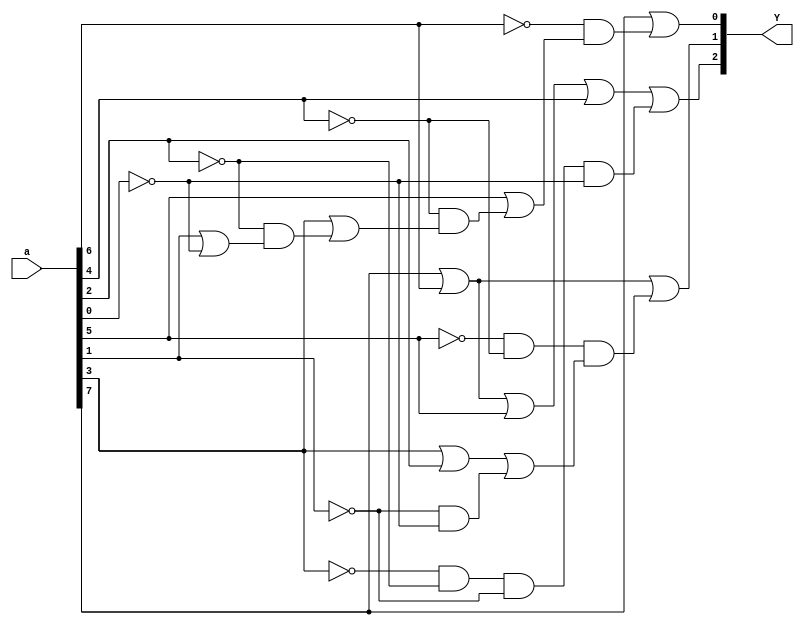
module priority_encoder8to3 (a , Y);

 input [7:0] a; // a represents form a0 a1 a2 a3 a4 a5 a6 a7 //i.e. 00000010 represents a0=0 a1=0 a2=0 a3=0 a4=0 a5=0 a6=1 a7=0 .
 output [2:0] Y;  // Y represents form Y2 Y1 Y0 //i.e. 110 represents Y2=1,Y1=1,Y0=0 i.e. 6 .
 wire [2:0] Y;


 //using the fact that if higher priortiy bit is 1 then lower piority does not involve/affect Y

 // by using method that if a_i =1 gives Y=1 then all other lower terms results is "OR" to it,
 //        i.e. lower terms won't effect assigning Y=1.
 // also if a_i=1 gives Y=0 then all other lower terms results are "AND" to this,
 //        i.e. if a_i is true then lower terrms result "AND" ~a_i (0) ensures Y=0.
//** Also higher pioritybits are kept in left side so that Y values is assigned as soon as it encounter 1
//         i.e. the highest priority bit 1 **

 assign Y[0] = a[7] |( ~a[6] & (a[5] | (~a[4] & (a[3] | (~a[2] & (a[1] | ~a[0]))))));
 assign Y[1] = a[7] | a[6] | (~a[5] & ~a[4] & (a[3] | a[2] | (~a[1] & ~a[0])));
 assign Y[2] = a[7] | a[6] | a[5] | a[4] | (~ a[3] & ~a[2] & ~a[1] & ~a[0]);

 endmodule